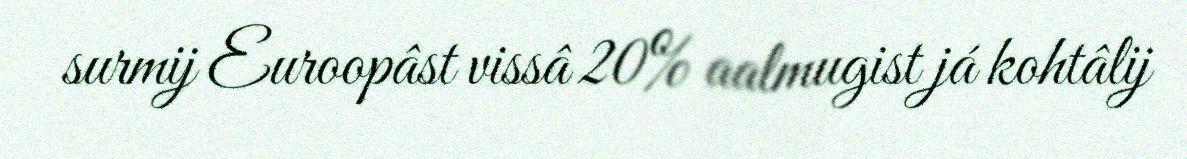
surmij Euroopâst vissâ 20% aalmugist já kohtâlij